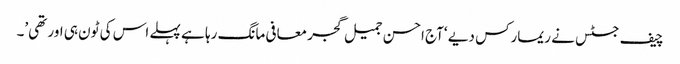
چیف جسٹس نے ریمارکس دیے ‘آج احسن جمیل گجر معافی مانگ رہا ہے پہلے اس کی ٹون ہی اور تھی’۔